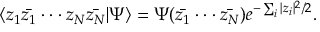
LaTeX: \langle z _ { 1 } \bar { z _ { 1 } } \cdot \cdot \cdot z _ { N } \bar { z _ { N } } | \Psi \rangle = \Psi ( \bar { z _ { 1 } } \cdot \cdot \cdot \bar { z _ { N } } ) e ^ { - \sum _ { i } | z _ { i } | ^ { 2 } / 2 } .